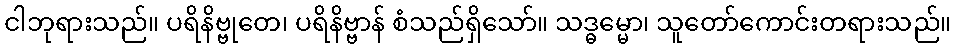
ငါဘုရားသည်။ ပရိနိဗ္ဗုတေ၊ ပရိနိဗ္ဗာန် စံသည်ရှိသော်။ သဒ္ဓမ္မော၊ သူတော်ကောင်းတရားသည်။